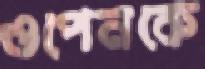
ওপেনকে